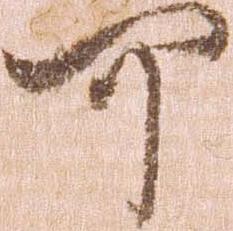
可